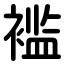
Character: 褴